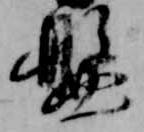
盤